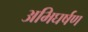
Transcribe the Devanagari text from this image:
अभिघर्षण